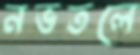
নভতলে